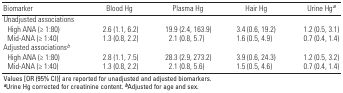
| Biomarker | Blood Hg | Plasma Hg | Hair Hg | Urine Hga |
 | --- | --- | --- | --- | --- |
 | Unadjusted associations |  |  |  |  |  |  |  |  |
 | High ANA (≥ 1:80) |  | 2.6 (1.1, 6.2) |  | 19.9 (2.4, 163.9) |  | 3.4 (0.6, 19.2) |  | 1.2 (0.5, 3.1) |
 | Mid-ANA (≥ 1:40) |  | 1.3 (0.8, 2.2) |  | 2.1 (0.8, 5.7) |  | 1.6 (0.5, 4.9) |  | 0.7 (0.4, 1.4) |
 | Adjusted associationsb |  |  |  |  |  |  |  |  |
 | High ANA (≥ 1:80) |  | 2.8 (1.1, 7.5) |  | 28.3 (2.9, 273.2) |  | 3.9 (0.6, 24.3) |  | 1.2 (0.5, 3.2) |
 | Mid-ANA (≥ 1:40) |  | 1.3 (0.8, 2.2) |  | 2.1 (0.8, 5.6) |  | 1.5 (0.5, 4.6) |  | 0.7 (0.4, 1.4) |
 | <COLSPAN=9> Values [OR (95% CI)] are reported for unadjusted andadjusted biomarkers. aUrine Hg corrected for creatinine content.bAdjusted for age and sex. |